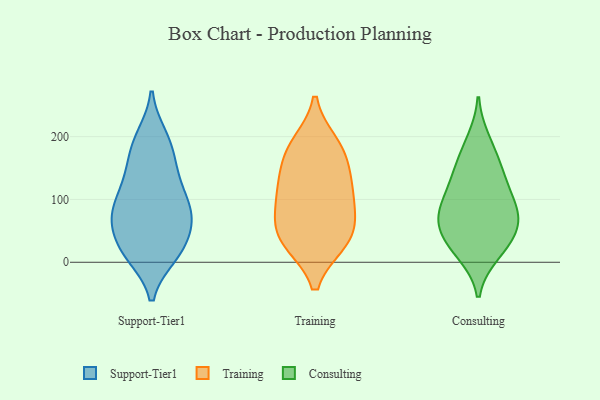
{"axis": {"x": "Market Share (%)", "y": "Value"}, "legend": ["Consulting", "Support-Tier1", "Training"], "data": [{"x": "", "y": 98, "type": "Support-Tier1"}, {"x": "", "y": 66, "type": "Support-Tier1"}, {"x": "", "y": 12, "type": "Support-Tier1"}, {"x": "", "y": 147, "type": "Support-Tier1"}, {"x": "", "y": 72, "type": "Support-Tier1"}, {"x": "", "y": 12, "type": "Support-Tier1"}, {"x": "", "y": 71, "type": "Support-Tier1"}, {"x": "", "y": 21, "type": "Support-Tier1"}, {"x": "", "y": 152, "type": "Support-Tier1"}, {"x": "", "y": 20, "type": "Support-Tier1"}, {"x": "", "y": 72, "type": "Support-Tier1"}, {"x": "", "y": 87, "type": "Support-Tier1"}, {"x": "", "y": 115, "type": "Support-Tier1"}, {"x": "", "y": 126, "type": "Support-Tier1"}, {"x": "", "y": 199, "type": "Support-Tier1"}, {"x": "", "y": 65, "type": "Support-Tier1"}, {"x": "", "y": 191, "type": "Support-Tier1"}, {"x": "", "y": 186, "type": "Support-Tier1"}, {"x": "", "y": 23, "type": "Support-Tier1"}, {"x": "", "y": 34, "type": "Training"}, {"x": "", "y": 111, "type": "Training"}, {"x": "", "y": 35, "type": "Training"}, {"x": "", "y": 75, "type": "Training"}, {"x": "", "y": 168, "type": "Training"}, {"x": "", "y": 116, "type": "Training"}, {"x": "", "y": 187, "type": "Training"}, {"x": "", "y": 65, "type": "Training"}, {"x": "", "y": 124, "type": "Training"}, {"x": "", "y": 33, "type": "Training"}, {"x": "", "y": 178, "type": "Training"}, {"x": "", "y": 101, "type": "Consulting"}, {"x": "", "y": 74, "type": "Consulting"}, {"x": "", "y": 144, "type": "Consulting"}, {"x": "", "y": 14, "type": "Consulting"}, {"x": "", "y": 71, "type": "Consulting"}, {"x": "", "y": 37, "type": "Consulting"}, {"x": "", "y": 167, "type": "Consulting"}, {"x": "", "y": 134, "type": "Consulting"}, {"x": "", "y": 44, "type": "Consulting"}, {"x": "", "y": 68, "type": "Consulting"}, {"x": "", "y": 74, "type": "Consulting"}, {"x": "", "y": 194, "type": "Consulting"}, {"x": "", "y": 18, "type": "Consulting"}, {"x": "", "y": 111, "type": "Consulting"}]}